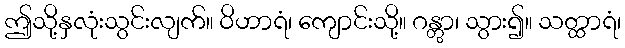
ဤသို့နှလုံးသွင်းလျက်။ ဝိဟာရံ၊ ကျောင်းသို့။ ဂန္တွာ၊ သွား၍။ သတ္ထာရံ၊